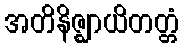
အတိနိဇ္ဈာယိတတ္တံ